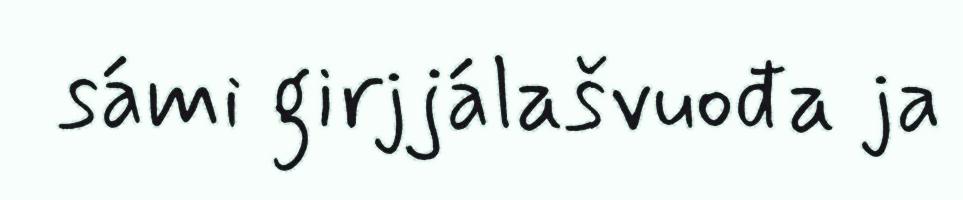
sámi girjjálašvuođa ja